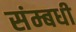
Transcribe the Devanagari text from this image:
संम्बधी